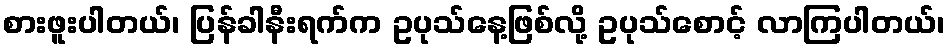
စားဖူးပါတယ်၊ ပြန်ခါနီးရက်က ဥပုသ်နေ့ဖြစ်လို့ ဥပုသ်စောင့် လာကြပါတယ်၊